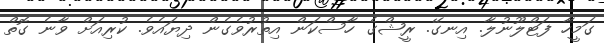
ގަމީހާ ފަޓްލޫނުލާ. އިނގޭ. ރީޝްގެ ހާސްކަން އިތުރުވެގެން ދިޔައެވެ. ކުރިއަށް ވާނެ ގޮތް